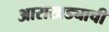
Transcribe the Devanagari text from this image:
आराखड्याची